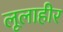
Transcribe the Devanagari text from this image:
लूलाहीर